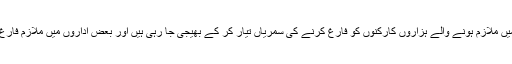
جمہوری دور حکومت میں ملازم ہونے والے ہزاروں کارکنوں کو فارغ کرنے کی سمریاں تیار کر کے بھیجی جا رہی ہیں اور بعض اداروں میں ملازم فارغ بھی کر دیئے گئے ہیں۔